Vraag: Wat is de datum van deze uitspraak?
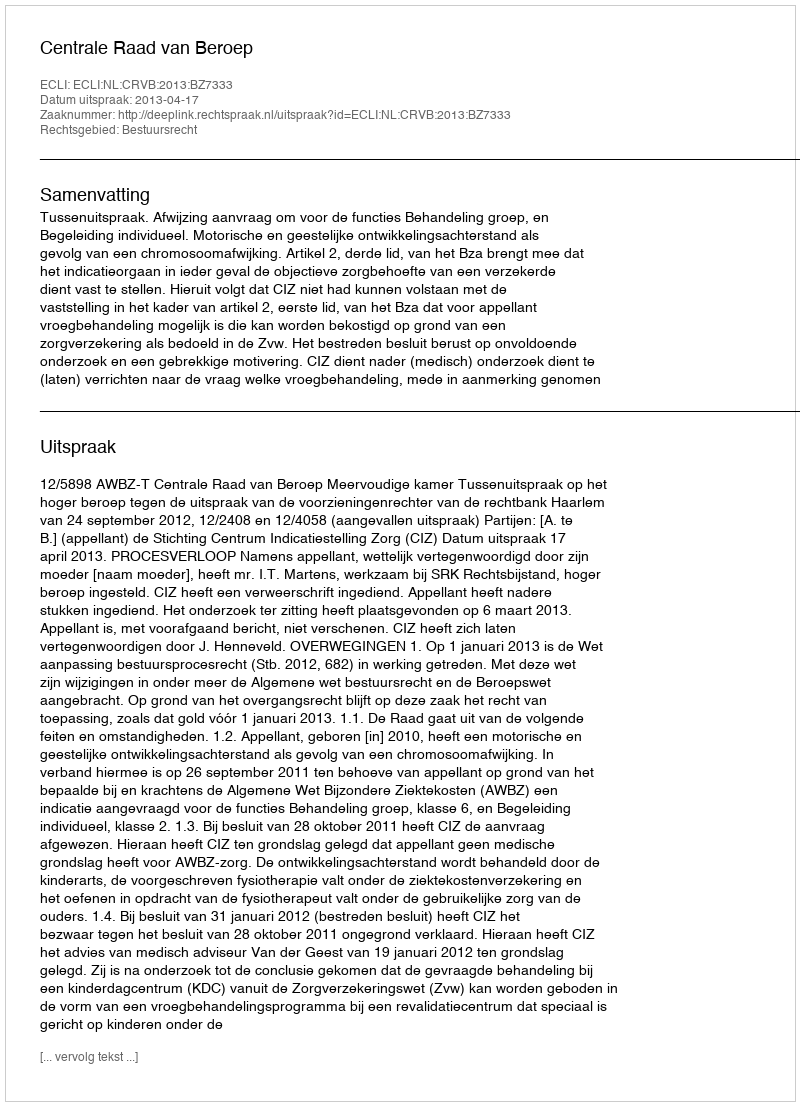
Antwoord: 2013-04-17